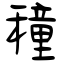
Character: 穜